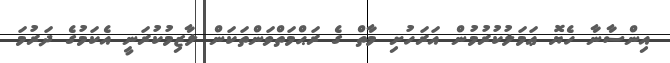
އިންސާނާ ހެޔޮ ޢަމަލުކުރުމުން އަރަހުށި މާތް ގެ ރަޙްމަތްވަންތަކަން ލާޒިމުކުރަނީ އެކަމުގެ ދަރުމަ